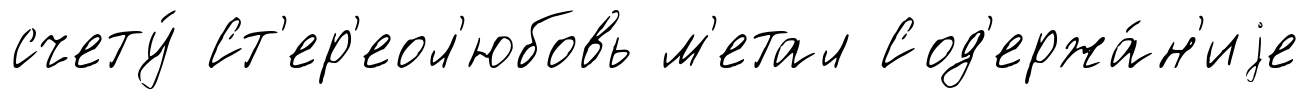
счету́ Ст'ер'еол'юбовь м'етал Сод'ержа́н'иjе